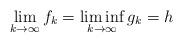
LaTeX: \begin{align*}\lim_{k\to\infty}f_k=\liminf_{k\to\infty}g_k=h\end{align*}